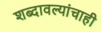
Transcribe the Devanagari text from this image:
शब्दावल्यांचाही